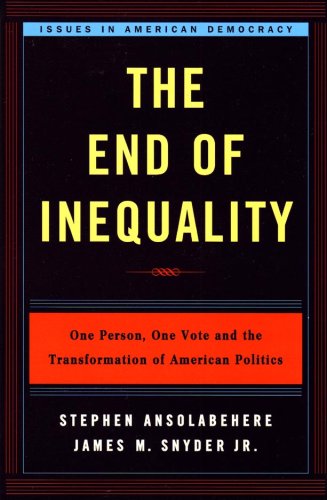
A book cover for The End of Inequality: One Person, One Vote and the Transformation of American Politics (Issues in American Democracy); Stephen Ansolabehere; Law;